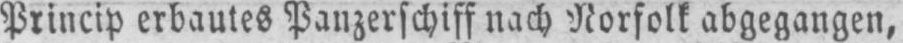
Princip erbautes Panzerschiff nach Norfolk abgegangen,